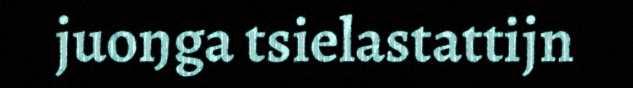
juoŋga tsielastattijn